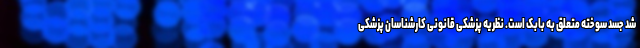
شد جسد سوخته متعلق به بابک است. نظریه پزشکی قانونی کارشناسان پزشکی